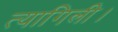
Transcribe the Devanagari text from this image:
त्यागिली।